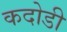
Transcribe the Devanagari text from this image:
कदोडी